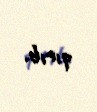
qırıb.